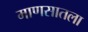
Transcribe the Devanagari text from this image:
माणसातला